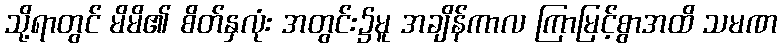
သို့ရာတွင် မိမိ၏ စိတ်နှလုံး အတွင်း၌မူ အချိန်ကာလ ကြာမြင့်စွာအထိ သမဏ